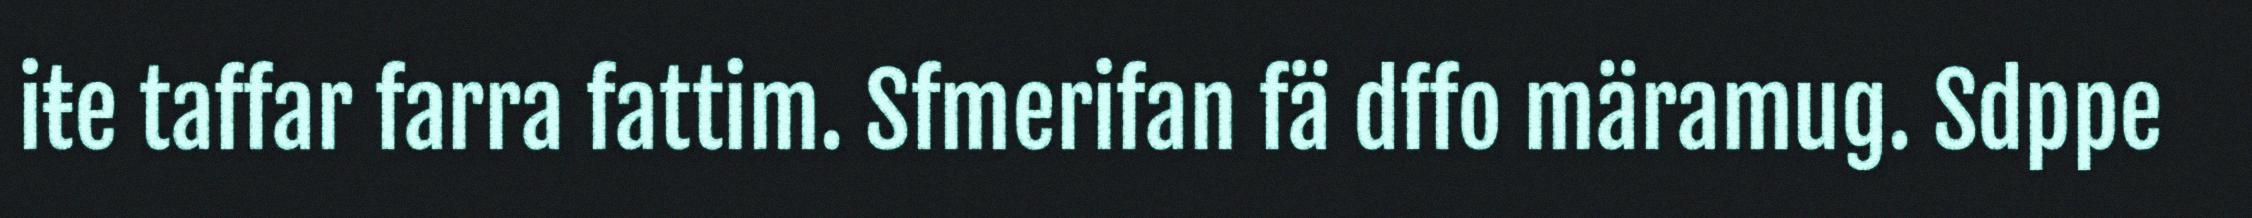
iŧe taffar farra fattim. Sfmerifan fä dffo märamug. Sdppe